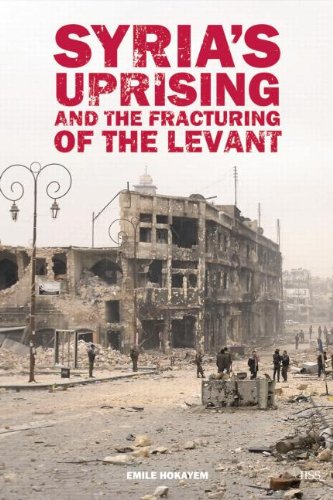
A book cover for Syria's Uprising and the Fracturing of the Levant (Adelphi series); Emile Hokayem; History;